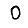
Digit: 0